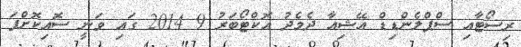
ރިސޯޓާއި ސްޕްލެންޑިޑް އޭޝިއާ ދެމެދު އޮކްޓޯބަރު 9 2014 ގައި ވަނީ ސޮއިކޮށްފަ